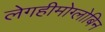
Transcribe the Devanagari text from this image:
लेगहीमोग्लोबिन